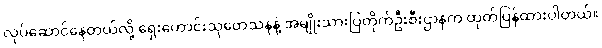
လုပ်ဆောင်နေတယ်လို့ ရှေးဟောင်းသုတေသနနဲ့ အမျိုးသားပြတိုက်ဦးစီးဌာနက ထုတ်ပြန်ထားပါတယ်။